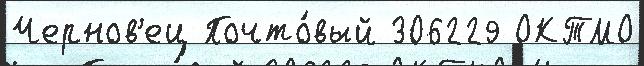
Чернов'ец Почто́вый 306229 ОКТМО